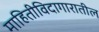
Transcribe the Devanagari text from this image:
माहितीविदागारातील